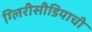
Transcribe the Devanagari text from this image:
ग्लिरीसीडियाची